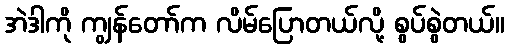
အဲဒါကို ကျွန်တော်က လိမ်ပြောတယ်လို့ စွပ်စွဲတယ်။